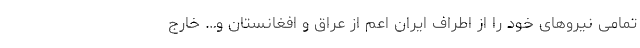
تمامی نیروهای خود را از اطراف ایران اعم از عراق و افغانستان و… خارج